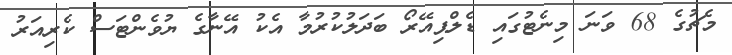
މެޗުގެ 68 ވަނަ މިނެޓުގައި ޑެލްޕިއޭރޯ ބަދަލުކުރުމާ އެކު އޭނާގެ ޔުވެންޓަސް ކެރިއަރު